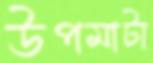
উপমাটা